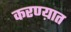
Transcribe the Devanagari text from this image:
करण्य़ात